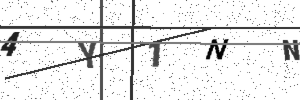
Text: 4Y1NN